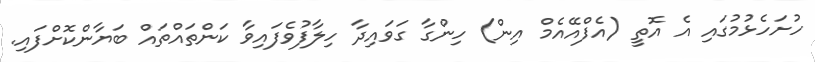
ހުށަހެޅުމުގައި އެ އޮތީ (އެފްއޭއެމް އިން) ހިންގާ ގަވައިދާ ހިލާފުވެފައިވާ ކަންތައްތައް ބަޔާންކޮށްފައި.